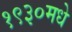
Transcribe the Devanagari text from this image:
१९३०मधे